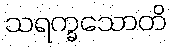
သရက္ခသောတိ